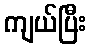
ကျယ်ပြီး